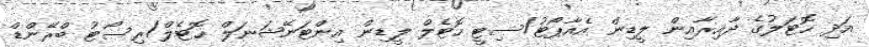
އަދި ހޮޓަލުގެ ދާއިރާއިން ލީޑިން އެއާޕޯޓު/ސިޓީ ހޮޓެލް ލީޑިން އިންޓަނޭޝަނަލް ހޮޓެލް/ރިސޯޓު ބްރޭންޑް